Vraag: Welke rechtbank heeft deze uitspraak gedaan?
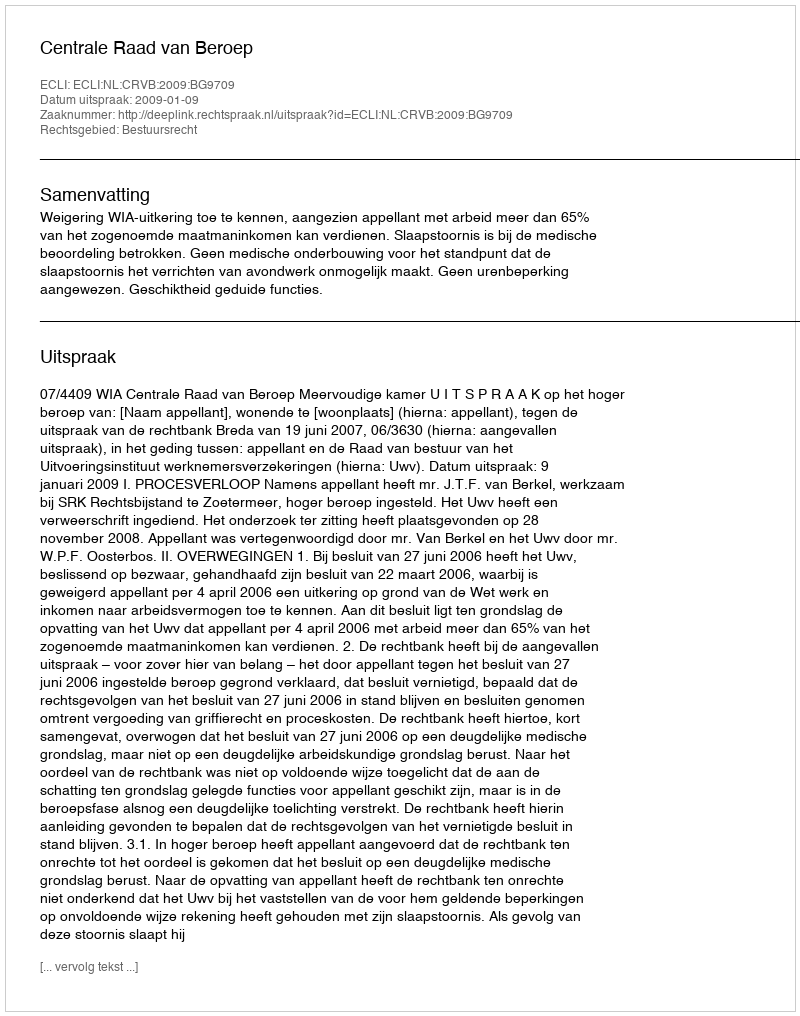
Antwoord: Centrale Raad van Beroep